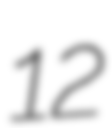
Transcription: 12